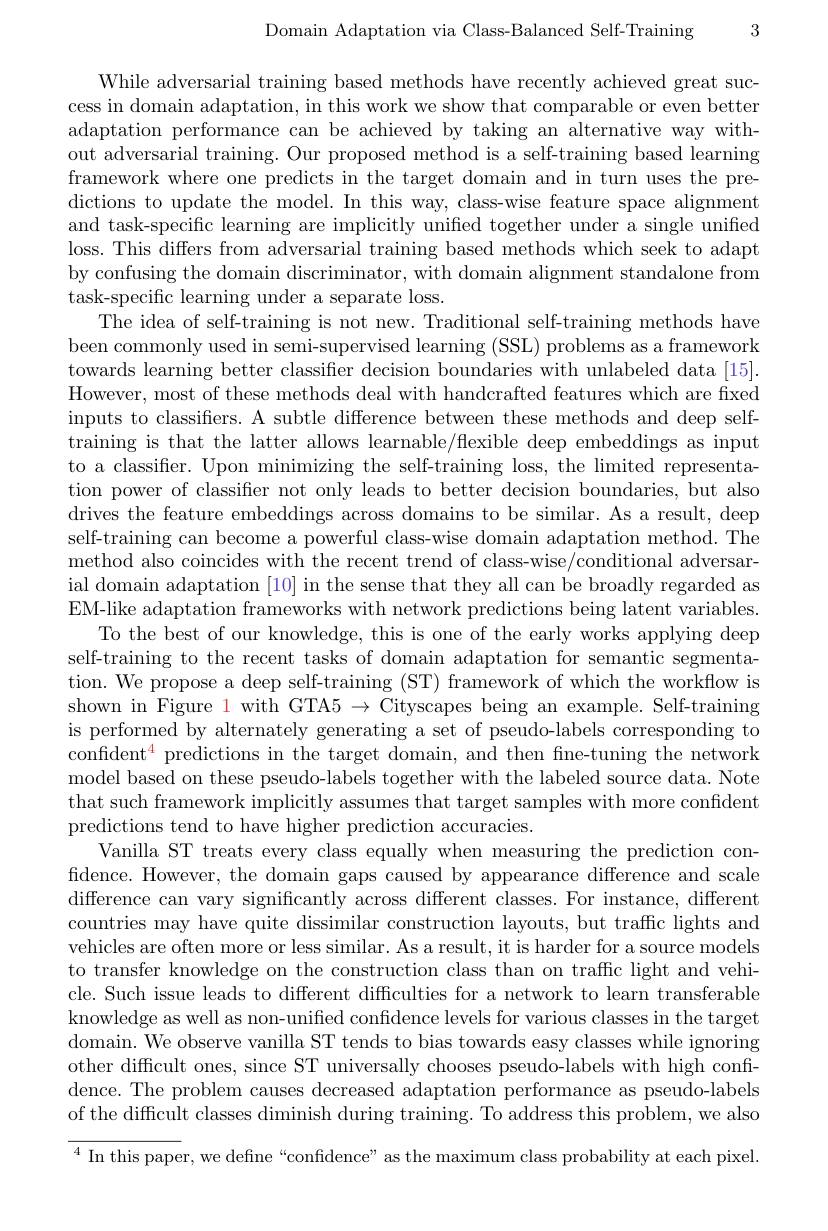
Domain Adaptation via Class-Balanced Self-Training

3

While adversarial training based methods have recently achieved great success in domain adaptation, in this work we show that comparable or even better adaptation performance can be achieved by taking an alternative way without adversarial training. Our proposed method is a self-training based learning framework where one predicts in the target domain and in turn uses the predictions to update the model. In this way, class-wise feature space alignment and task-specific learning are implicitly unified together under a single unified loss. This differs from adversarial training based methods which seek to adapt by confusing the domain discriminator, with domain alignment standalone from task-specific learning under a separate loss
The idea of self-training is not new. Traditional self-training methods have been commonly used in semi-supervised learning (SSL) problems as a framework towards learning better classifier decision boundaries with unlabeled data [15]. However, most of these methods deal with handcrafted features which are fixed inputs to classifiers. A subtle difference between these methods and deep selftraining is that the latter allows learnable/flexible deep embeddings as input to a classifer. Upon minimizing the self-training loss, the limited representation power of classifier not only leads to better decision boundaries, but also drives the feature embeddings across domains to be similar. As a result, deep self-training can become a powerful class-wise domain adaptation method. The method also coincides with the recent trend of class-wise/conditional adversarial domain adaptation [10] in the sense that they all can be broadly regarded as EM-like adaptation frameworks with network predictions being latent variables.
To the best of our knowledge, this is one of the early works applying deep self-training to the recent tasks of domain adaptation for semantic segmentation. We propose a deep self-training (ST) framework of which the workflow is shown in Figure 1 with GTA5 $\to$ Cityscapes being an example. Self-training is performed by alternately generating a set of pseudo-labels corresponding to confident$^4$ predictions in the target domain, and then fine-tuning the network model based on these pseudo-labels together with the labeled source data. Note that such framework implicitly assumes that target samples with more confident predictions tend to have higher prediction accuracies.
Vanilla ST treats every class equally when measuring the prediction confidence. However, the domain gaps caused by appearance difference and scale difference can vary significantly across different classes. For instance, different countries may have quite dissimilar construction layouts, but traffic lights and vehicles are often more or less similar. As a result, it is harder for a source models to transfer knowledge on the construction class than on traffic light and vehicle. Such issue leads to different difficulties for a network to learn transferable knowledge as well as non-unified confidence levels for various classes in the target domain. We observe vanilla ST tends to bias towards easy classes while ignoring other difficult ones, since ST universally chooses pseudo-labels with high confidence. The problem causes decreased adaptation performance as pseudo-labels of the difficult classes diminish during training. To address this problem, we also $^4$ In this paper, we define“confidence” as the maximum class probability at each pixel.